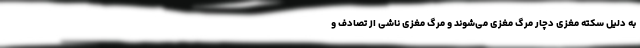
به دلیل سکته مغزی دچار مرگ مغزی می‌شوند و مرگ مغزی ناشی از تصادف و